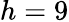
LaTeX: h=9